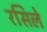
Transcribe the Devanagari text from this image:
रसिले